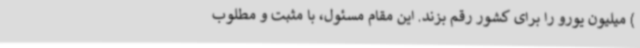
) میلیون یورو را برای کشور رقم بزند. این مقام مسئول، با مثبت و مطلوب